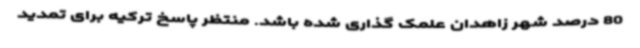
80 درصد شهر زاهدان علمک گذاری شده باشد. منتظر پاسخ ترکیه برای تمدید